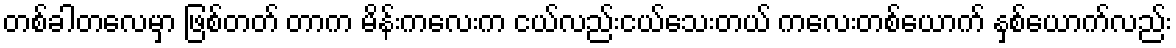
တစ်ခါတလေမှာ ဖြစ်တတ် တာက မိန်းကလေးက ငယ်လည်းငယ်သေးတယ် ကလေးတစ်ယောက် နှစ်ယောက်လည်း